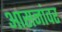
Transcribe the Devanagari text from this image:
आसनांवर